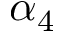
\alpha _ { 4 }